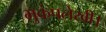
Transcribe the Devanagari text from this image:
भुकंपलेखी।